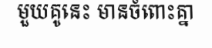
មួយគូនេះ មានចំពោះគ្នា